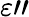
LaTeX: \varepsilon"